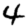
Digit: 4